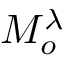
{ M } _ { o } ^ { \lambda }